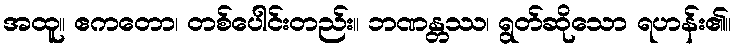
အထူ။ ဧကတော၊ တစ်ပေါင်းတည်း။ ဘဏန္တဿ၊ ရွတ်ဆိုသော ရဟန်း၏။